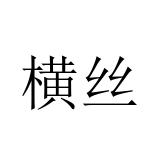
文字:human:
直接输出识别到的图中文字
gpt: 横丝